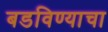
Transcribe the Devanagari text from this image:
बडविण्याचा